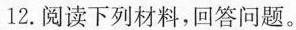
12.阅读下列材料，回答问题。